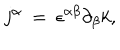
j ^ { \alpha } ~ = ~ { \epsilon } ^ { \alpha \beta } { \partial } _ { \beta } k ,